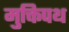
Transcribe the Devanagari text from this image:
मुक्तिपथ